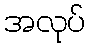
အလုပ်